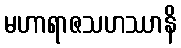
မဟာရာဇသဟဿာနိ